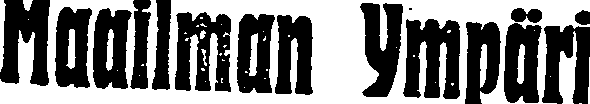
Maailman Ympäri